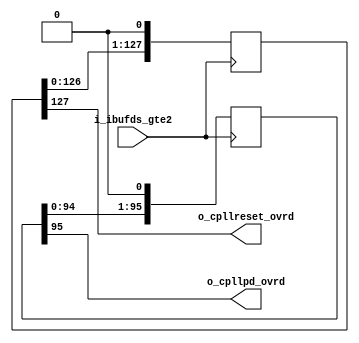
module pcie_7x_0_core_top_gtx_cpllpd_ovrd (                                                                                        
    input   i_ibufds_gte2,                                                                                     
    output  o_cpllpd_ovrd,                                                                                     
    output  o_cpllreset_ovrd                                                                                   
    );                                                                                                         
    (* equivalent_register_removal="no" *)  reg [95:0] cpllpd_wait = 96'hFFFFFFFFFFFFFFFFFFFFFFFF;             
    (* equivalent_register_removal="no" *)  reg [127:0] cpllreset_wait = 128'h000000000000000000000000000000FF;
    always @(posedge i_ibufds_gte2)                                                                            
    begin                                                                                                      
        cpllpd_wait <= {cpllpd_wait[94:0], 1'b0};                                                              
        cpllreset_wait <= {cpllreset_wait[126:0], 1'b0};                                                       
    end                                                                                                        
    assign o_cpllpd_ovrd = cpllpd_wait[95];                                                                    
    assign o_cpllreset_ovrd = cpllreset_wait[127];                                                             
endmodule